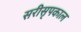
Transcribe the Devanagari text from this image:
सरीसृपकाल